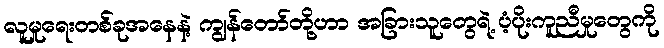
လူမှုရေးတစ်ခုအနေနဲ့ ကျွန်တော်တို့ဟာ အခြားသူတွေရဲ့ ပံ့ပိုးကူညီမှုတွေကို